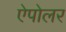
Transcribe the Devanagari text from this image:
ऐपोलर